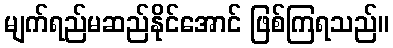
မျက်ရည်မဆည်နိုင်အောင် ဖြစ်ကြရသည်။